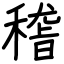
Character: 𥡴